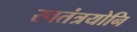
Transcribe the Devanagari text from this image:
स्वतंत्रयोनि